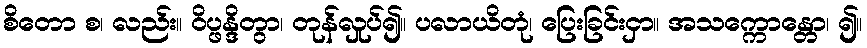
စိတော စ၊ လည်း။ ဝိပ္ဖန္ဒိတွာ၊ တုန်လှုပ်၍။ ပလာယိတုံ၊ ပြေးခြင်းငှာ။ အသက္ကောန္တော၊ ၍။